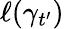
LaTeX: \ell(\gamma_{t^{\prime}})